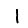
Digit: 1